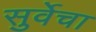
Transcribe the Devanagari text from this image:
सुर्वेचा